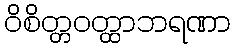
ဝိစိတ္တဝတ္ထာဘရဏာ